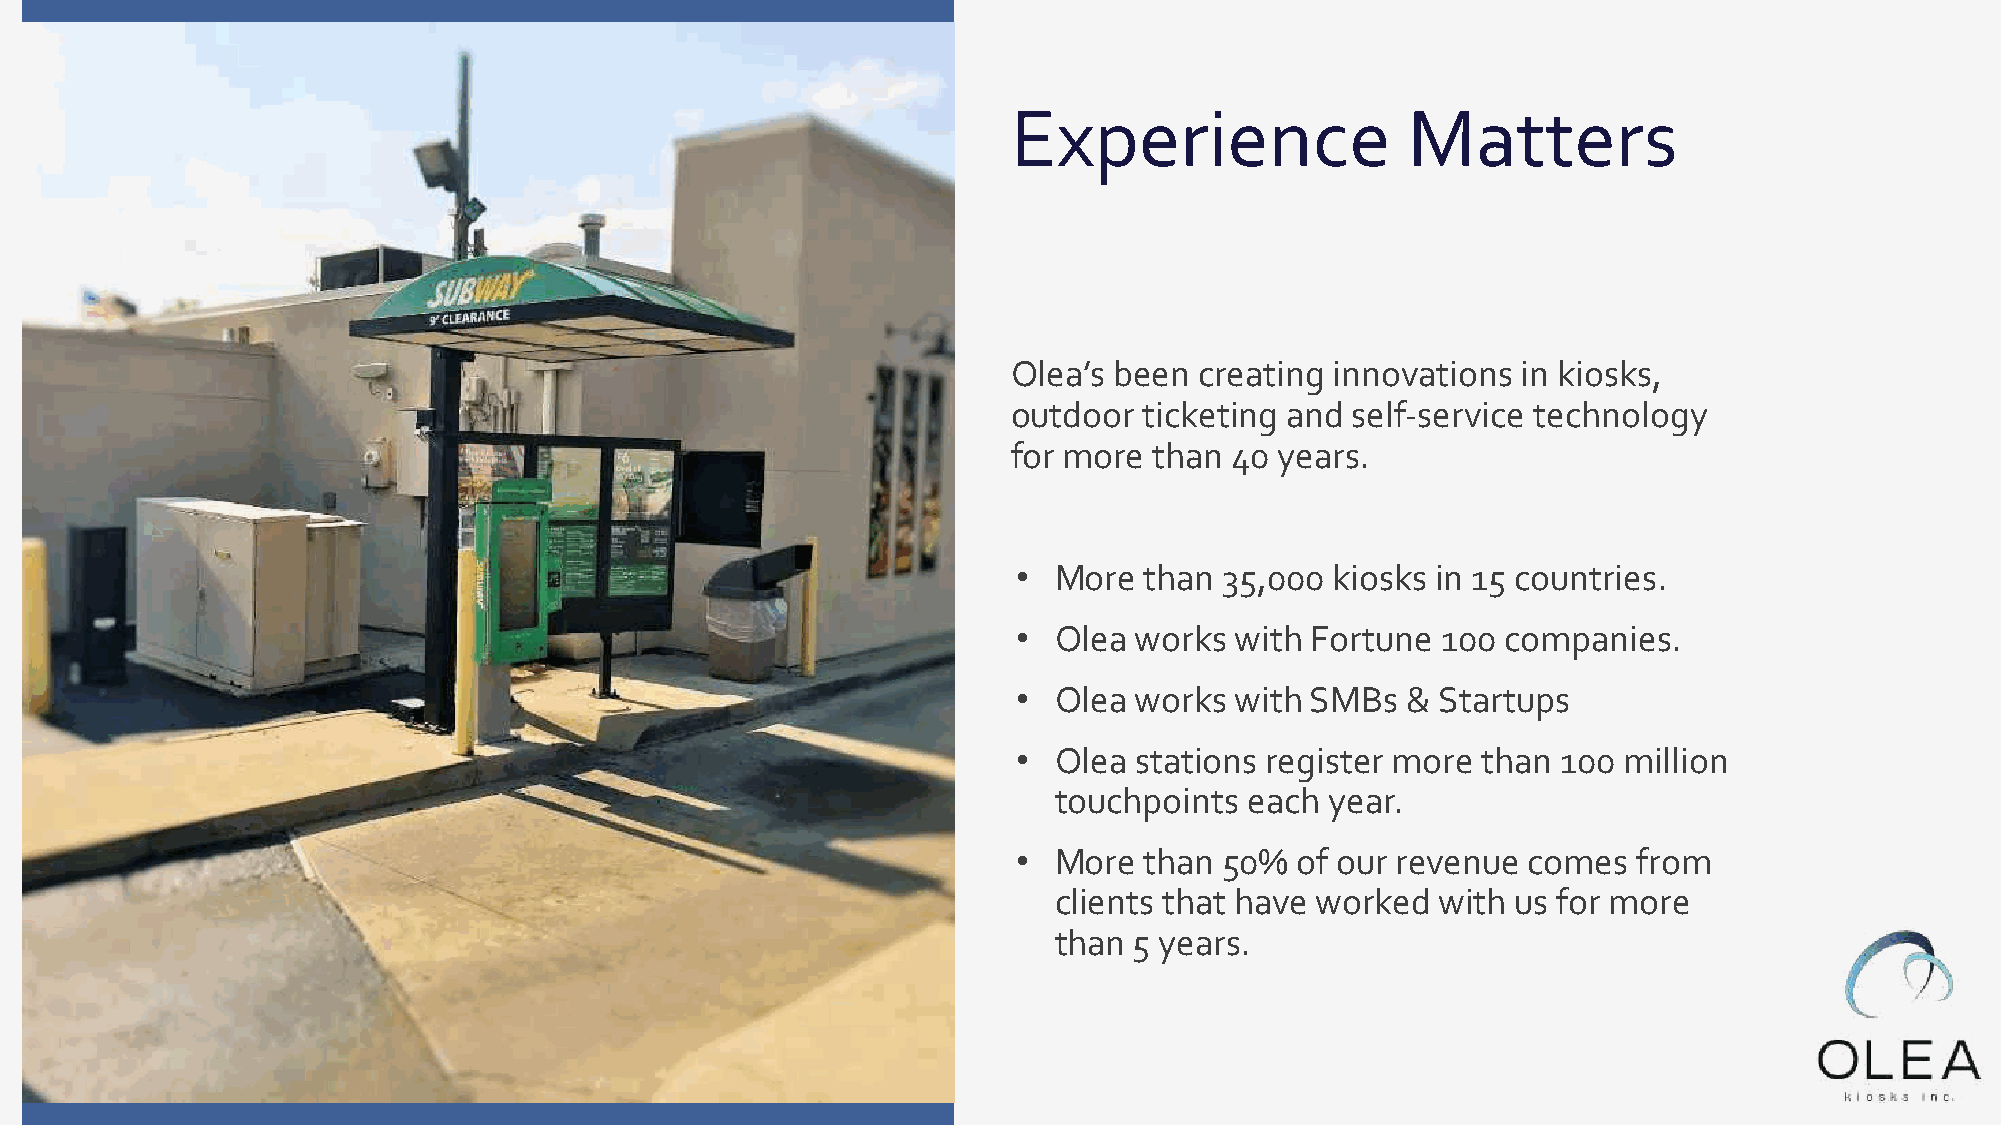
Experience                Matters
 Olea’s been creating innovations  in kiosks,
 outdoor  ticketing and self-service technology
 for more than 40  years.
 •  More  than 35,000 kiosks in 15 countries.
 •  Olea works  with Fortune 100  companies.
 •  Olea works  with SMBs  & Startups
 •  Olea stations register more than 100 million
 touchpoints  each year.
 •  More  than 50%  of our revenue comes  from
 clients that have worked with us for more
 than 5 years.